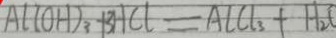
A l ( O H ) _ { 3 } + 3 H C l = A l C l _ { 3 } + H _ { 2 } O